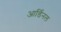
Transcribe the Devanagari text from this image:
आर्डिनल